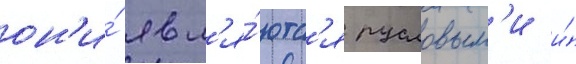
он'и́ явл'я́ютс'я русловым'и и́